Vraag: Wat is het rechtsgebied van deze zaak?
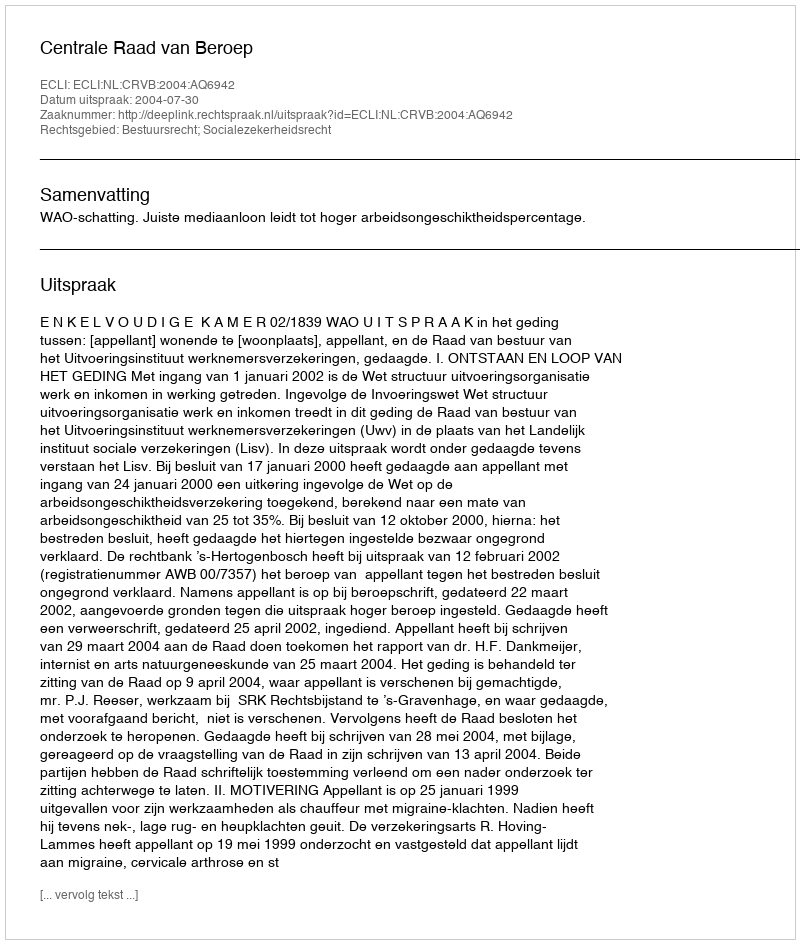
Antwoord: Bestuursrecht; Socialezekerheidsrecht